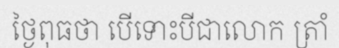
ថ្ងៃពុធថា បើទោះបីជាលោក ត្រាំ